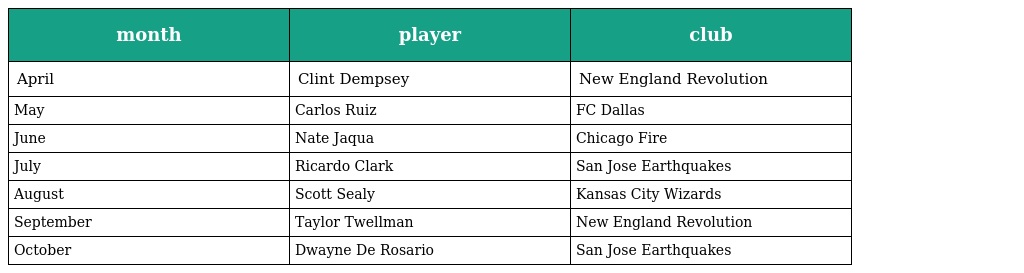
| month | player | club |
 | --- | --- | --- |
 | April | Clint Dempsey | New England Revolution |
 | May | Carlos Ruiz | FC Dallas |
 | June | Nate Jaqua | Chicago Fire |
 | July | Ricardo Clark | San Jose Earthquakes |
 | August | Scott Sealy | Kansas City Wizards |
 | September | Taylor Twellman | New England Revolution |
 | October | Dwayne De Rosario | San Jose Earthquakes |